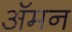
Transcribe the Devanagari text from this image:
अॅमन